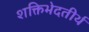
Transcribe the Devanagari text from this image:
शक्तिभेदतीर्थ